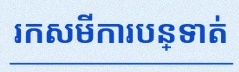
រកសមីការបន្ទាត់